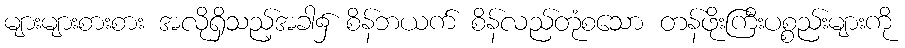
များများစားစား အလိုရှိသည့်အခါ၌ စိန်ဘယက် စိန်လည်တုံစသော တန်ဖိုးကြီးပစ္စည်းများကို